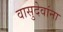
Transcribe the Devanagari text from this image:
वासुदेवांना